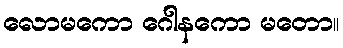
လောမကော ဂေါနကော မတော။